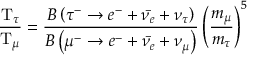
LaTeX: { \frac { \mathrm { T } _ { \tau } } { \mathrm { T } _ { \mu } } } = { \frac { B \left( \tau ^ { - } \rightarrow e ^ { - } + { \bar { \nu _ { e } } } + \nu _ { \tau } \right) } { B \left( \mu ^ { - } \rightarrow e ^ { - } + { \bar { \nu _ { e } } } + \nu _ { \mu } \right) } } \left( { \frac { m _ { \mu } } { m _ { \tau } } } \right) ^ { 5 }